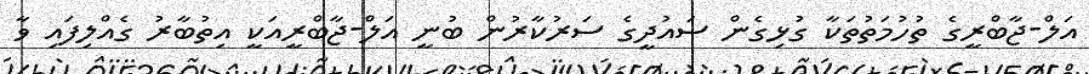
އަލް-ޖާބްރީގެ ތުހުމަތުތަކާ ގުޅިގެން ސައުދީގެ ސަރުކާރުން ބުނީ އަލް-ޖާބްރީއަކީ އިތުބާރު ގެއްލިފައި ވާ